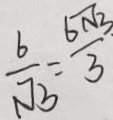
\frac { b } { \sqrt { 3 } } = \frac { 6 \sqrt { 3 } } { 3 }